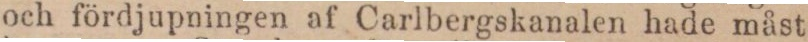
och fördjupningen af Carlbergskanalen hade måst